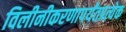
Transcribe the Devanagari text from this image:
विलीनीकरणापर्यंतप्रत्येक